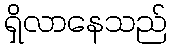
ရှိလာနေသည်